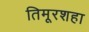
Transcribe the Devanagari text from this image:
तिमूरशहा